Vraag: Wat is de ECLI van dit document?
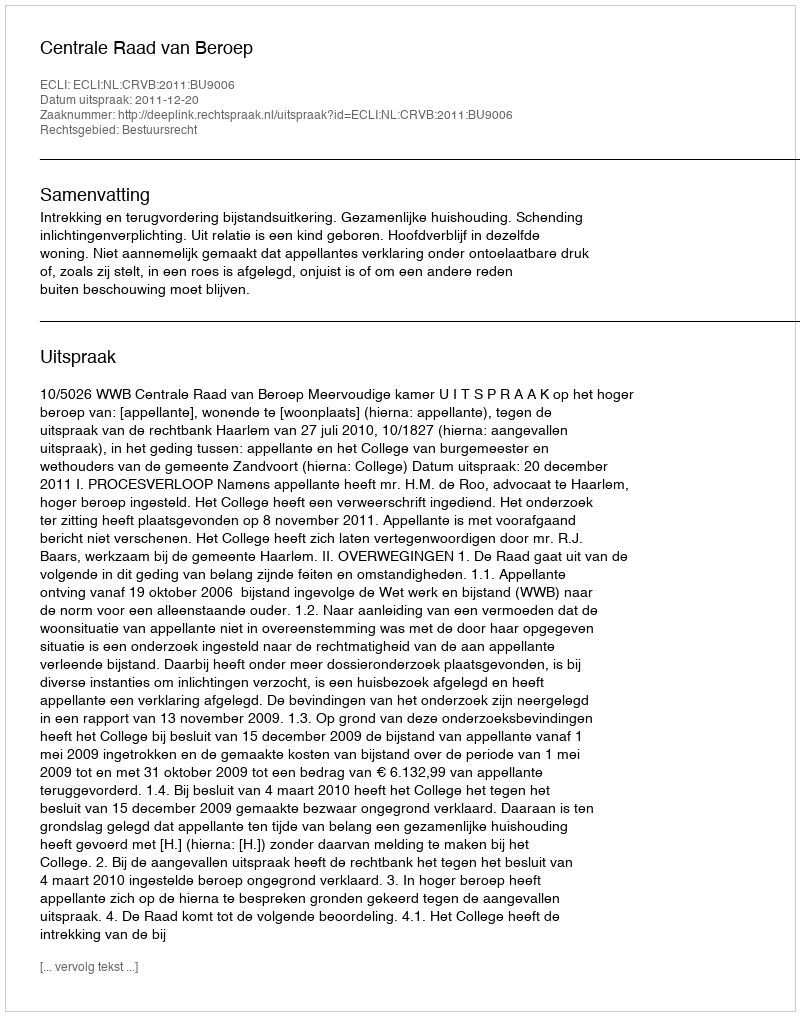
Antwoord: ECLI:NL:CRVB:2011:BU9006